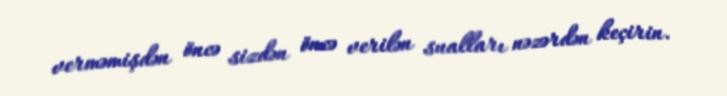
verməmişdən öncə sizdən öncə verilən sualları nəzərdən keçirin.